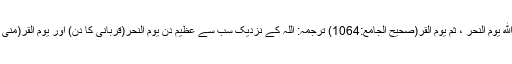
نبی ﷺ کا فرمان ہے : أعظمُ الأيامِ عند اللهِ يومُ النَّحرِ ، ثم يومُ القُرِّ(صحيح الجامع:1064) ترجمہ: اللہ کے نزدیک سب سے عظیم دن یوم النحر(قربانی کا دن) اور یوم القر(منی میں حاجیوں کے ٹھہرنے کادن ) ہے ۔